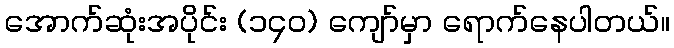
အောက်ဆုံးအပိုင်း (၁၄၀) ကျော်မှာ ရောက်နေပါတယ်။